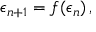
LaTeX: \epsilon _ { n + 1 } = f ( \epsilon _ { n } ) \, ,